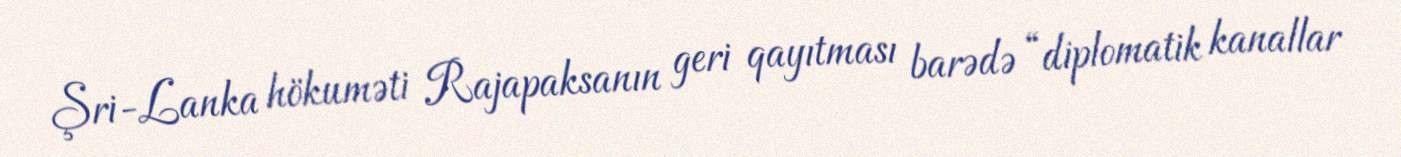
Şri-Lanka hökuməti Rajapaksanın geri qayıtması barədə “diplomatik kanallar